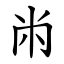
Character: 㡀